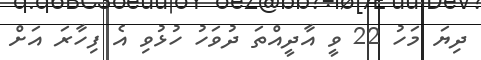
ދިޔަ މަހު 22 ވީ އާދީއްތަ ދުވަހު ހުޅުވި އެ ފިހާރަ އަށް